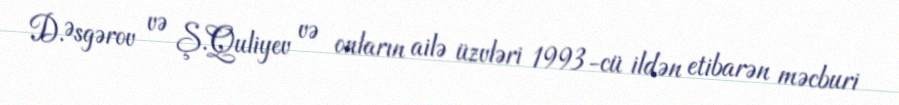
D.Əsgərov və Ş.Quliyev və onların ailə üzvləri 1993-cü ildən etibarən məcburi